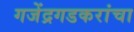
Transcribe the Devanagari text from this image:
गजेंद्रगडकरांचा